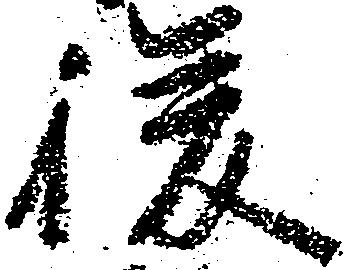
後